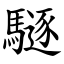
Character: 䮱